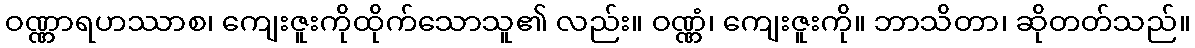
ဝဏ္ဏာရဟဿာစ၊ ကျေးဇူးကိုထိုက်သောသူ၏ လည်း။ ဝဏ္ဏံ၊ ကျေးဇူးကို။ ဘာသိတာ၊ ဆိုတတ်သည်။